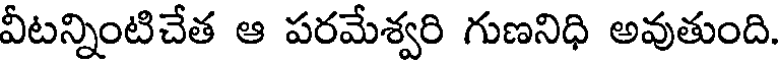
వీటన్నింటిచేత ఆ పరమేశ్వరి గుణనిధి అవుతుంది.